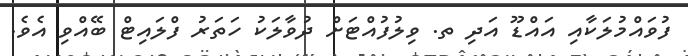
ފުވައްމުލަކާއި އައްޑޫ އަދި ތ. ވިލުފުއްޓަށް ދުވާލަކު ހަތަރު ފްލައިޓް ބޭއްވި އެވެ.